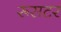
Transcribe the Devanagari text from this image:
रूसटर